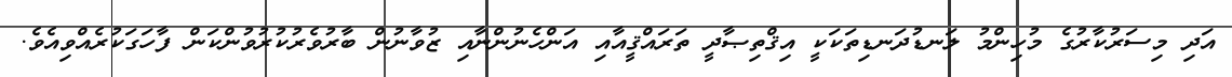
އަދި މިސަރުކާރުގެ މުހިންމު ލަނޑުދަނޑިތަކަކީ އިޤްތިޞާދީ ތަރައްޤީއާއި އަންހެނުންނާއި ޒުވާނުން ބާރުވެރުކުރުވުންކަން ފާހަގަކުރެއްވިއެވެ.